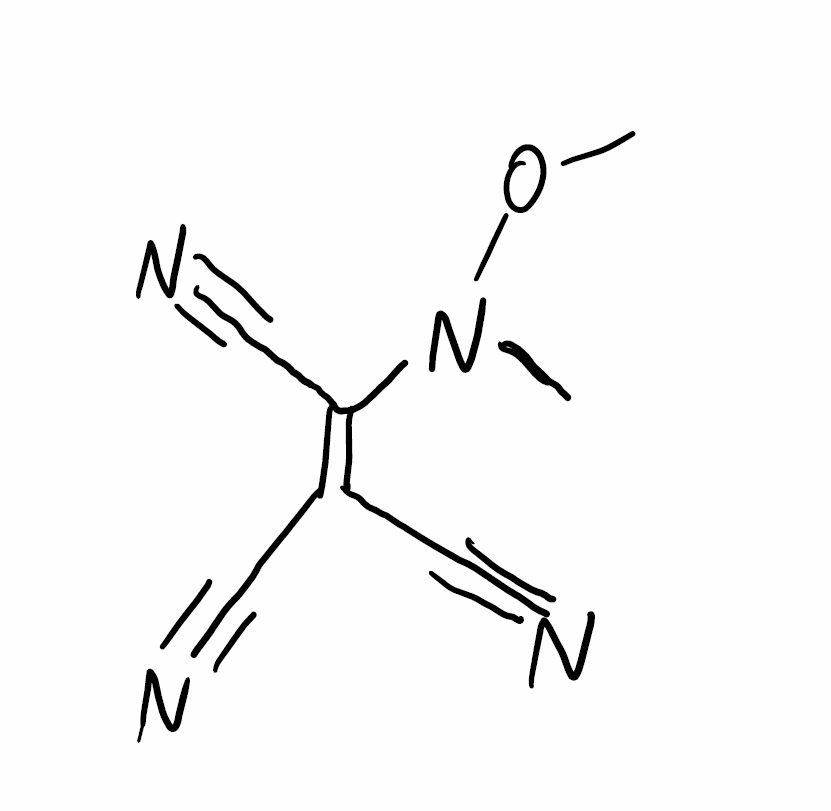
Simplified molecular-input line-entry system (SMILES) notation of the given molecule:
CN(C(=C(C#N)C#N)C#N)OC